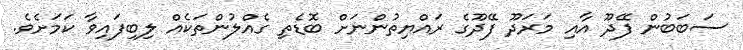
ސަބަބުން ފޭދޫ އާއި މަރަދޫ ފޭދޫގެ ރައްޔިތުންނަށް ބޮޑެތި ގެއްލުންތަކެއް ލިބިފައިވާ ކަމަށެވެ.